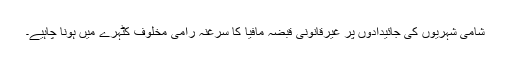
شامی شہریوں کی جائیدادوں پر غیرقانونی قبضہ مافیا کا سرغنہ رامی مخلوف کٹہرے میں ہونا چاہیے۔